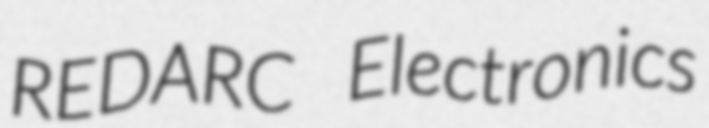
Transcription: REDARC Electronics